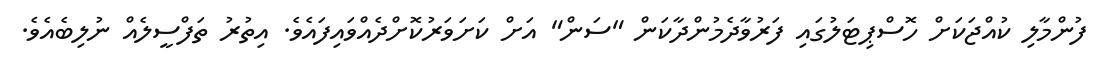
ފުންމާލި ކުއްޖަކަށް ހޮސްޕިޓަލުގައި ފަރުވާދެމުންދާކަން "ސަން" އަށް ކަށަވަރުކޮށްދެއްވައިފައެވެ. އިތުރު ތަފްސީލެއް ނުލިބެއެވެ.